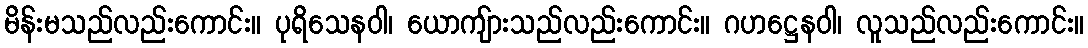
မိန်းမသည်လည်းကောင်း။ ပုရိသေနဝါ၊ ယောကျ်ားသည်လည်းကောင်း။ ဂဟဋ္ဌေနဝါ၊ လူသည်လည်းကောင်း။